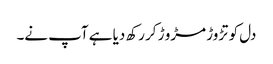
دل کو تڑوڑ مڑو ڑ کر رکھ دیا ہے آپ نے۔